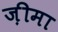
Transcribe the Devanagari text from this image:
ज़ीमा